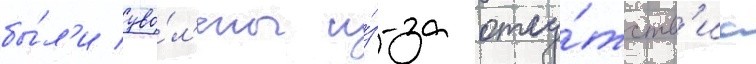
бы́л'и уво́л'ены и́з-за отсу́тств'иа